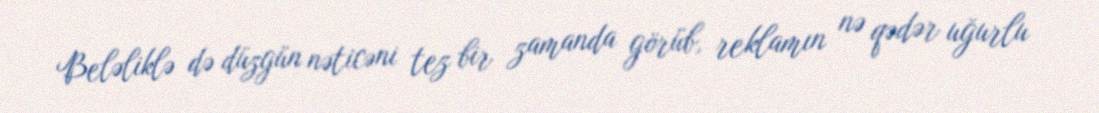
Beləliklə də düzgün nəticəni tez bir zamanda görüb, reklamın nə qədər uğurlu